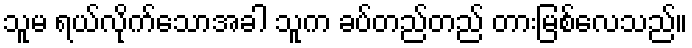
သူမ ရယ်လိုက်သောအခါ သူက ခပ်တည်တည် တားမြစ်လေသည်။